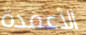
الأعمدة